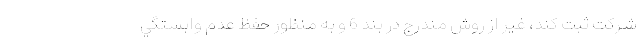
شركت ثبت كند، غير از روش مندرج در بند 6 و به منظور حفظ عدم وابستگي